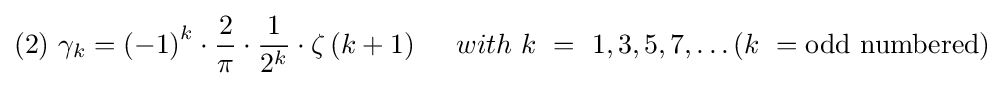
(2){\text{ }}\gamma _{k}={\left(-1\right)}^{k}\cdot {\frac {2}{\pi }}\cdot {\frac {1}{2^{k}}}\cdot \zeta \left(k+1\right){\text{ }}{\text{ }}{\text{ }}{\text{ }}with{\text{ }}k{\text{ }}={\text{ }}1,3,5,7,\ldots (k{\text{ }}={\text{odd numbered}})